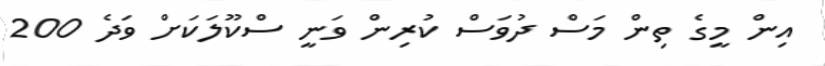
އިން މީގެ ތިން މަސް ދުވަސް ކުރިން ވަނީ ސްކޫލަކަށް ވަދެ 200